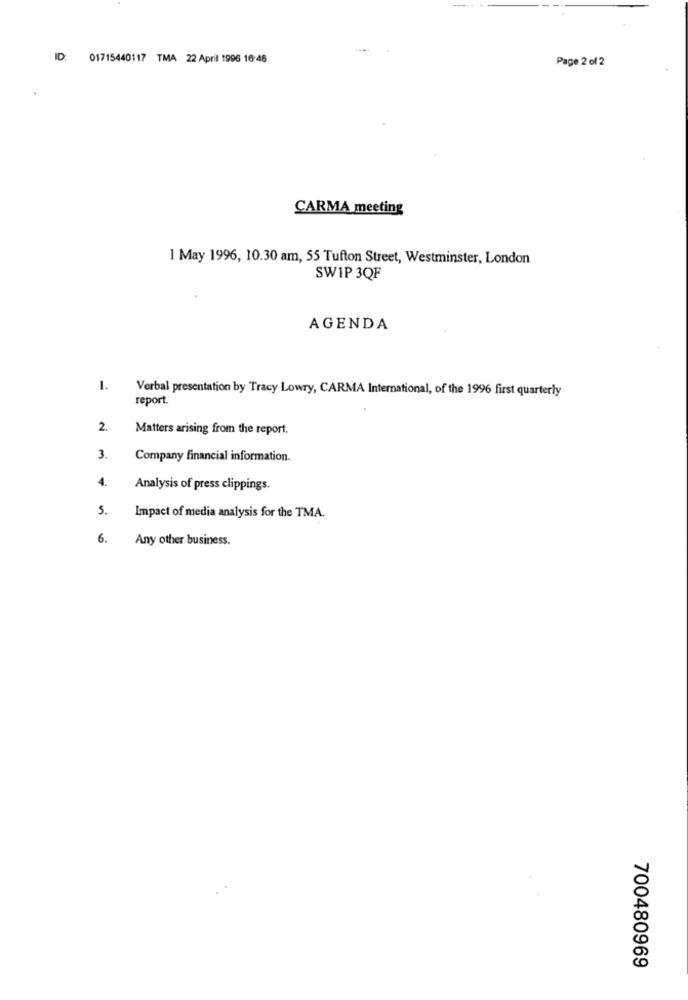
ID: 01715440117 TMA 22 April 1996 16:46
Page 2 of 2
CARMA meeting
1 May 1996, 10.30 am, 55 Tufton Street, Westminster, London
SW1P 3QF
AGENDA
1.
Verbal presentation by Tracy Lowry, CARMA International, of the 1996 first quarterly
report.
2.
Matters arising from the report.
3.
Company financial information.
4.
Analysis of press clippings.
5.
Impact of media analysis for the TMA.
6.
Any other business.
700480969